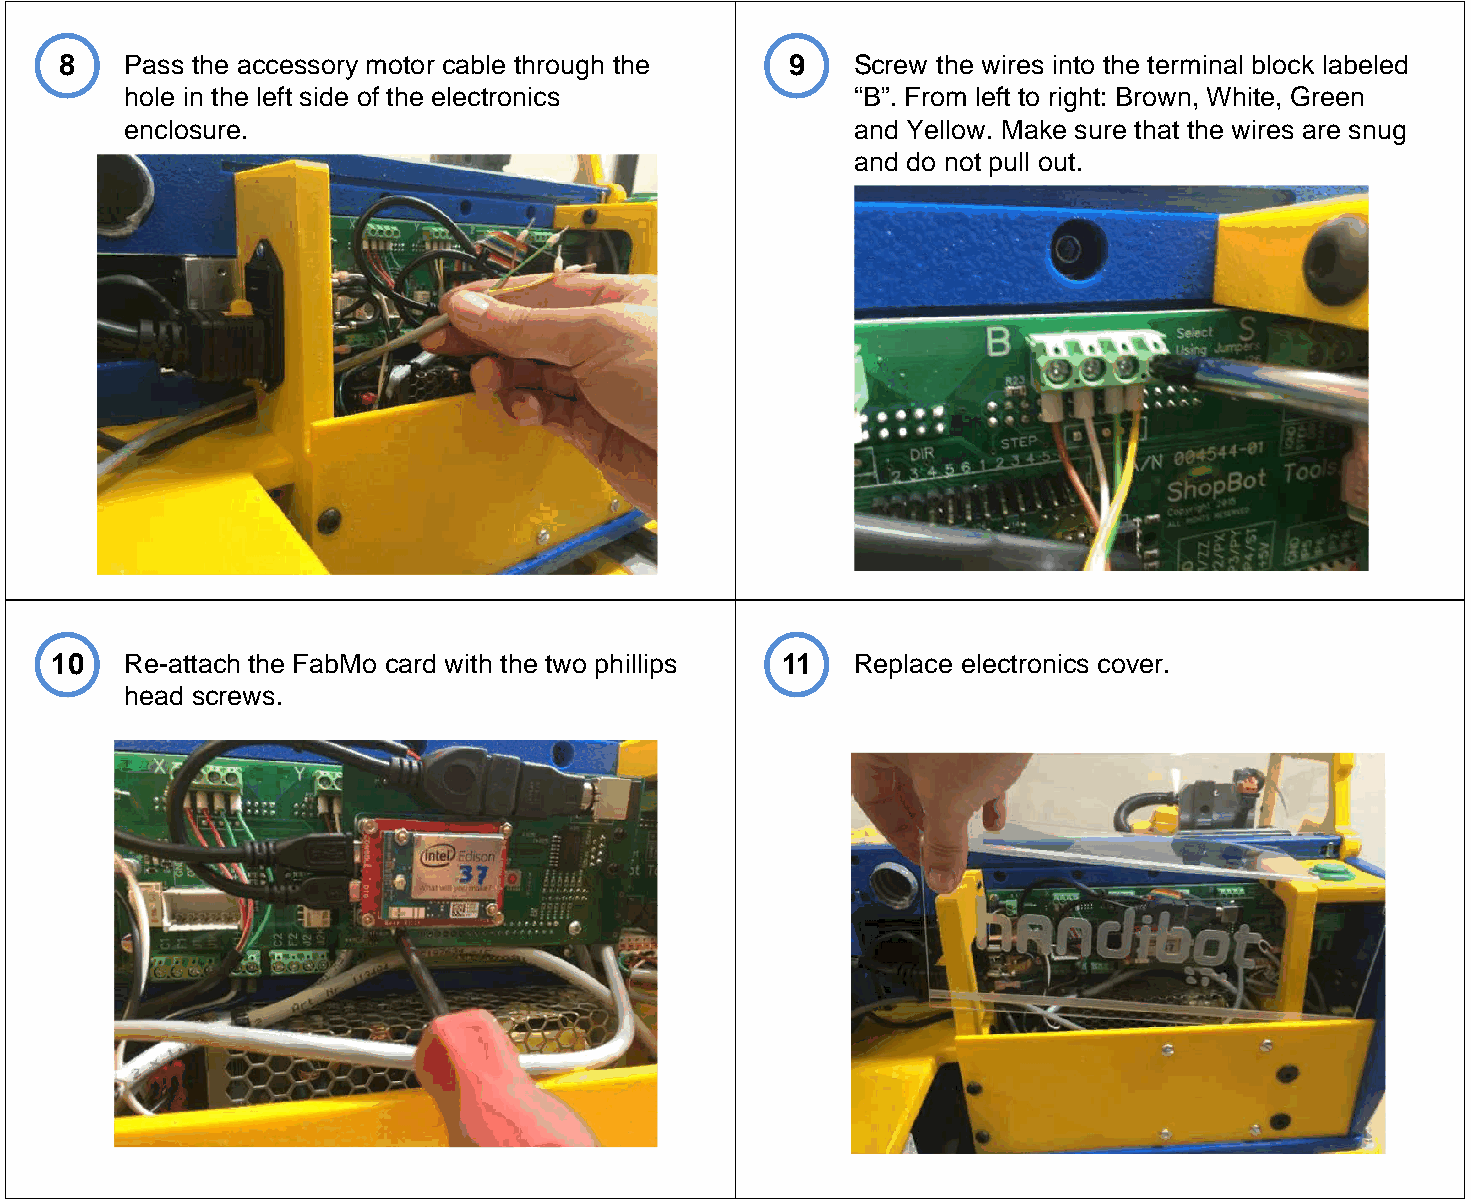
8   Pass the accessory motor cable through the  9    Screw the wires into the terminal block labeled
 hole in the left side of the electronics         “B”. From left to right: Brown, White, Green
 enclosure.                                       and Yellow. Make sure that the wires are snug
 and do not pull out.
 10   Re-attach the FabMo card with the two phillips 11 Replace electronics cover.
 head screws.